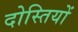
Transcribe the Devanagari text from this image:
दोस्तियों